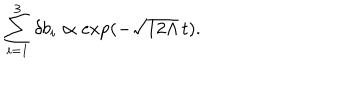
\sum _ { i = 1 } ^ { 3 } \delta b _ { i } \propto \exp ( - \sqrt { 1 2 \Lambda } \, t ) .